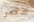
تدفعوا